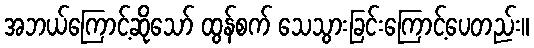
အဘယ်ကြောင့်ဆိုသော် ထွန်စက် သေသွားခြင်းကြောင့်ပေတည်း။